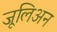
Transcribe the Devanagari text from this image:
जूलिअन